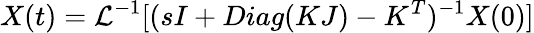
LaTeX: X(t)=\displaystyle{\mathcal{L}}^{-1}[(sI+Diag(KJ)-K^{T})^{-1}X(0)]